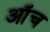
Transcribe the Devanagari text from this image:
ऑंच